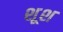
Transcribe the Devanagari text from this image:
शूश